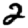
Digit: 2